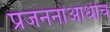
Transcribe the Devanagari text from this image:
प्रजननाआधीच